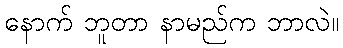
နောက် ဘူတာ နာမည်က ဘာလဲ။